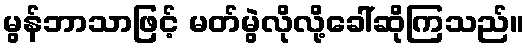
မွန်ဘာသာဖြင့် မတ်မွဲလိုလို့ခေါ်ဆိုကြသည်။